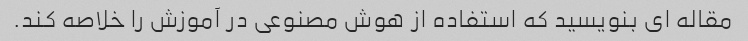
مقاله ای بنویسید که استفاده از هوش مصنوعی در آموزش را خلاصه کند.